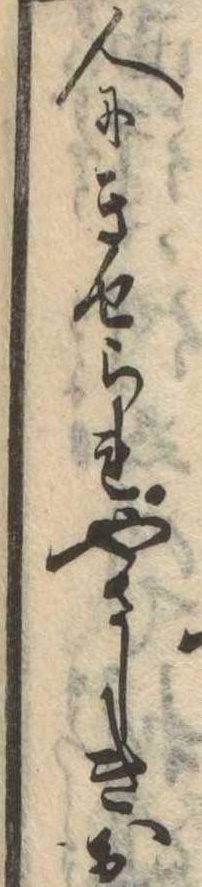
人にきせられやさしきお